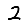
Digit: 2